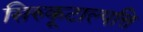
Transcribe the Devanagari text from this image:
सिरुकूटाल्पत्ति